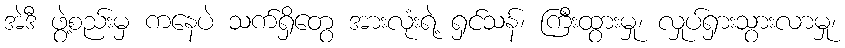
အဲဒီ ဖွဲ့စည်းမှ ကနေပဲ သက်ရှိတွေ အားလုံးရဲ့ ရှင်သန်၊ ကြီးထွားမှု၊ လှုပ်ရှားသွားလာမှု၊